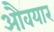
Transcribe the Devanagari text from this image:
औवयार